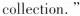
collection."